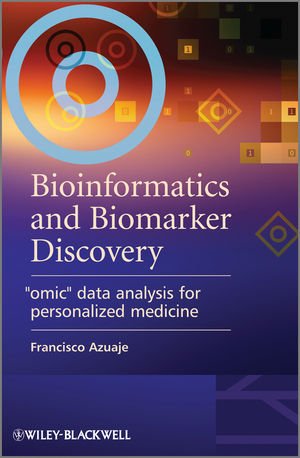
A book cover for Bioinformatics and Biomarker Discovery: "Omic" Data Analysis for Personalized Medicine; Francisco Azuaje; Medical Books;